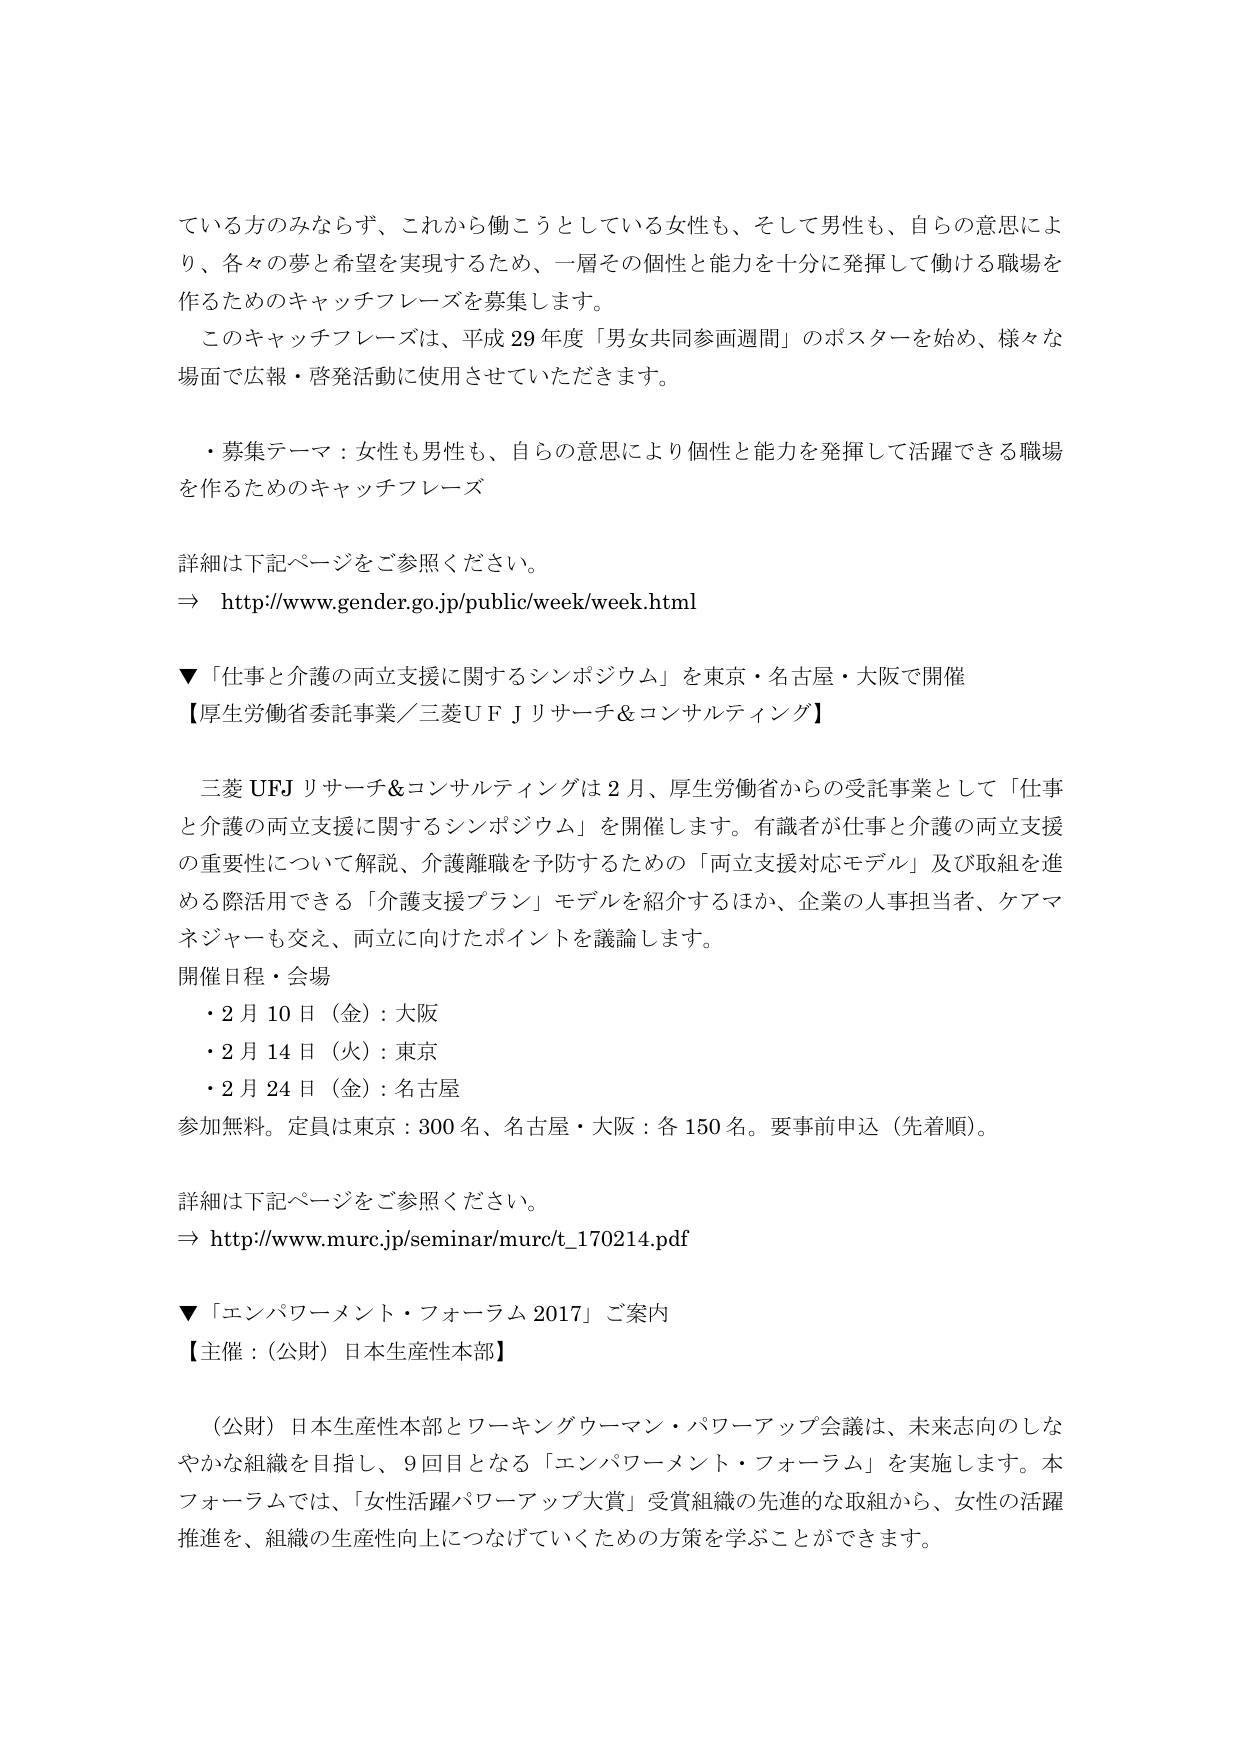
ている方のみならず、これから働こうとしている女性も、そして男性も、自らの意思により、各々の夢と希望を実現するため、一層その個性と能力を十分に発揮して働ける職場を作るためのキャッチフレーズを募集します。

このキャッチフレーズは、平成29年度「男女共同参画週間」のポスターを始め、様々な場面で広報・啓発活動に使用させていただきます。

・募集テーマ：女性も男性も、自らの意思により個性と能力を発揮して活躍できる職場を作るためのキャッチフレーズ

詳細は下記ページをご参照ください。
⇒ http://www.gender.go.jp/public/week/week.html

▼「仕事と介護の両立支援に関するシンポジウム」を東京・名古屋・大阪で開催
【厚生労働省委託事業／三菱UFJリサーチ＆コンサルティング】

三菱UFJリサーチ＆コンサルティングは2月、厚生労働省からの受託事業として「仕事と介護の両立支援に関するシンポジウム」を開催します。有識者が仕事と介護の両立支援の重要性について解説、介護離職を予防するための「両立支援対応モデル」及び取組を進める際活用できる「介護支援プラン」モデルを紹介するほか、企業の人事担当者、ケアマネジャーも交え、両立に向けたポイントを議論します。

開催日程・会場
・2月10日（金）：大阪
・2月14日（火）：東京
・2月24日（金）：名古屋

参加無料。定員は東京：300名、名古屋・大阪：各150名。要事前申込（先着順）。

詳細は下記ページをご参照ください。
⇒ http://www.murc.jp/seminar/murc/t_170214.pdf

▼「エンパワーメント・フォーラム2017」ご案内
【主催：（公財）日本生産性本部】

（公財）日本生産性本部とワーキングウーマン・パワーアップ会議は、未来志向のしなやかな組織を目指し、9回目となる「エンパワーメント・フォーラム」を実施します。本フォーラムでは、「女性活躍パワーアップ大賞」受賞組織の先進的な取組から、女性の活躍推進を、組織の生産性向上につなげていくための方策を学ぶことができます。